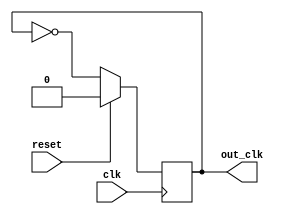
// clock divide by 2
module clk_div_2 (clk,reset,out_clk);
output reg out_clk;
input clk ;
input reset;
always @(posedge clk)
begin
if (reset)
     out_clk <= 1'b0;
else
     out_clk <= ~out_clk;	
end
endmodule


// clock divide by 4
module clk_div_4 (clk,reset,clk_out);
 
input clk;
input reset;
output clk_out;
 
reg [1:0] r_reg;
wire [1:0] r_nxt;
reg clk_track;
 
always @(posedge clk or posedge reset)
 
begin
  if (reset)
     begin
        r_reg <= 3'b0;
		  clk_track <= 1'b0;
     end
 
  else if (r_nxt == 2'b10)
 	   begin
	     r_reg <= 0;
	     clk_track <= ~clk_track;
	   end
 
  else 
      r_reg <= r_nxt;
end
 
 assign r_nxt = r_reg+1;   	      
 assign clk_out = clk_track;
endmodule